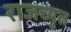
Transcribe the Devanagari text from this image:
राजच्युत